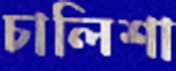
চালিশা